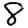
Digit: 8